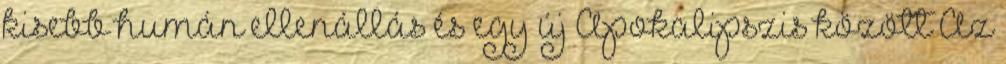
kisebb humán ellenállás és egy új Apokalipszis között Az